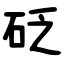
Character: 砭